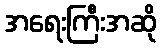
အရေးကြီးအဆို